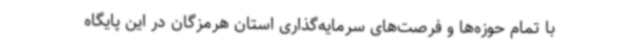
با تمام حوزه‌ها و فرصت‌های سرمایه‌گذاری استان هرمزگان در این پایگاه